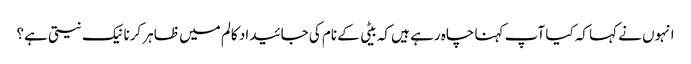
انہوں نے کہا کہ کیا آپ کہنا چاہ رہے ہیں کہ بیٹی کے نام کی جائیداد کالم میں ظاہر کرنا نیک نیتی ہے؟